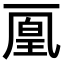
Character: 𠁉